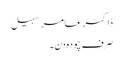
ڈاکٹر عامر سہیل
صرف چودہ دن۔